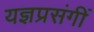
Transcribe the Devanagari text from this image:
यज्ञप्रसंगीं